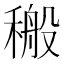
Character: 𮃝